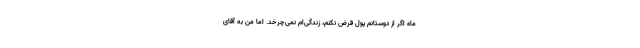
ماه اگر از دوستانم پول قرض نکنم، زندگی‌ام نمی‌چرخد. اما من به آقای